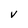
Character: v